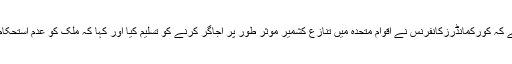
آئی ایس پی آر کی جانب سے جاری بیان میں کہا گیا ہے کہ کورکمانڈرزکانفرنس نے اقوام متحدہ میں تنازع کشمیر موثر طور پر اجاگر کرنے کو تسلیم کیا اور کہا کہ ملک کو عدم استحکام کا شکار کرنے والوں کی سازشیں ناکام بنائی گئی ہیں۔